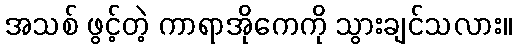
အသစ် ဖွင့်တဲ့ ကာရာအိုကေကို သွားချင်သလား။